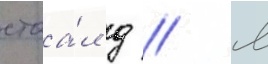
стоа́л д // М